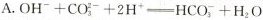
A.$$OH^{-}+CO_{3}^{2-}+2H^{+}=HCO_{3}^{-}+H_{2}O$$